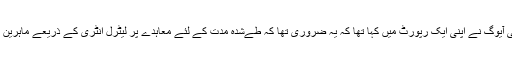
حکومت کے تھنک ٹینک نیتی آیوگ نے اپنی ایک رپورٹ میں کہا تھا کہ یہ ضروری تھا کہ طےشدہ مدت کے لئے معاہدے پر لیٹرل انٹری کے ذریعے ماہرین کو سسٹم میں شامل کیا جائے۔